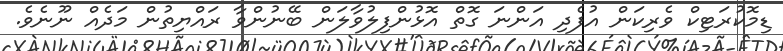
ޑިމޮކުރަޓިކް ވެރިކަން އުފެދި އަންނަ ގޮތް އޮޅުންފިލުވާލަން ބޭނުންވާ ރައްޔިތުން މަދެއް ނޫނެވެ.